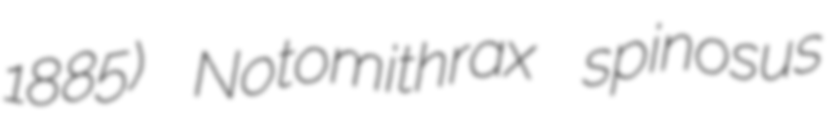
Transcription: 1885) Notomithrax spinosus